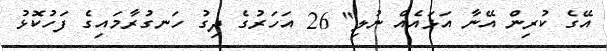
އޭގެ ކުރިން އޭނާ އަޅައެއް ނުލި" 26 އަހަރުގެ ދިގު ހަނގުރާމައިގެ ފަހުކޮޅު